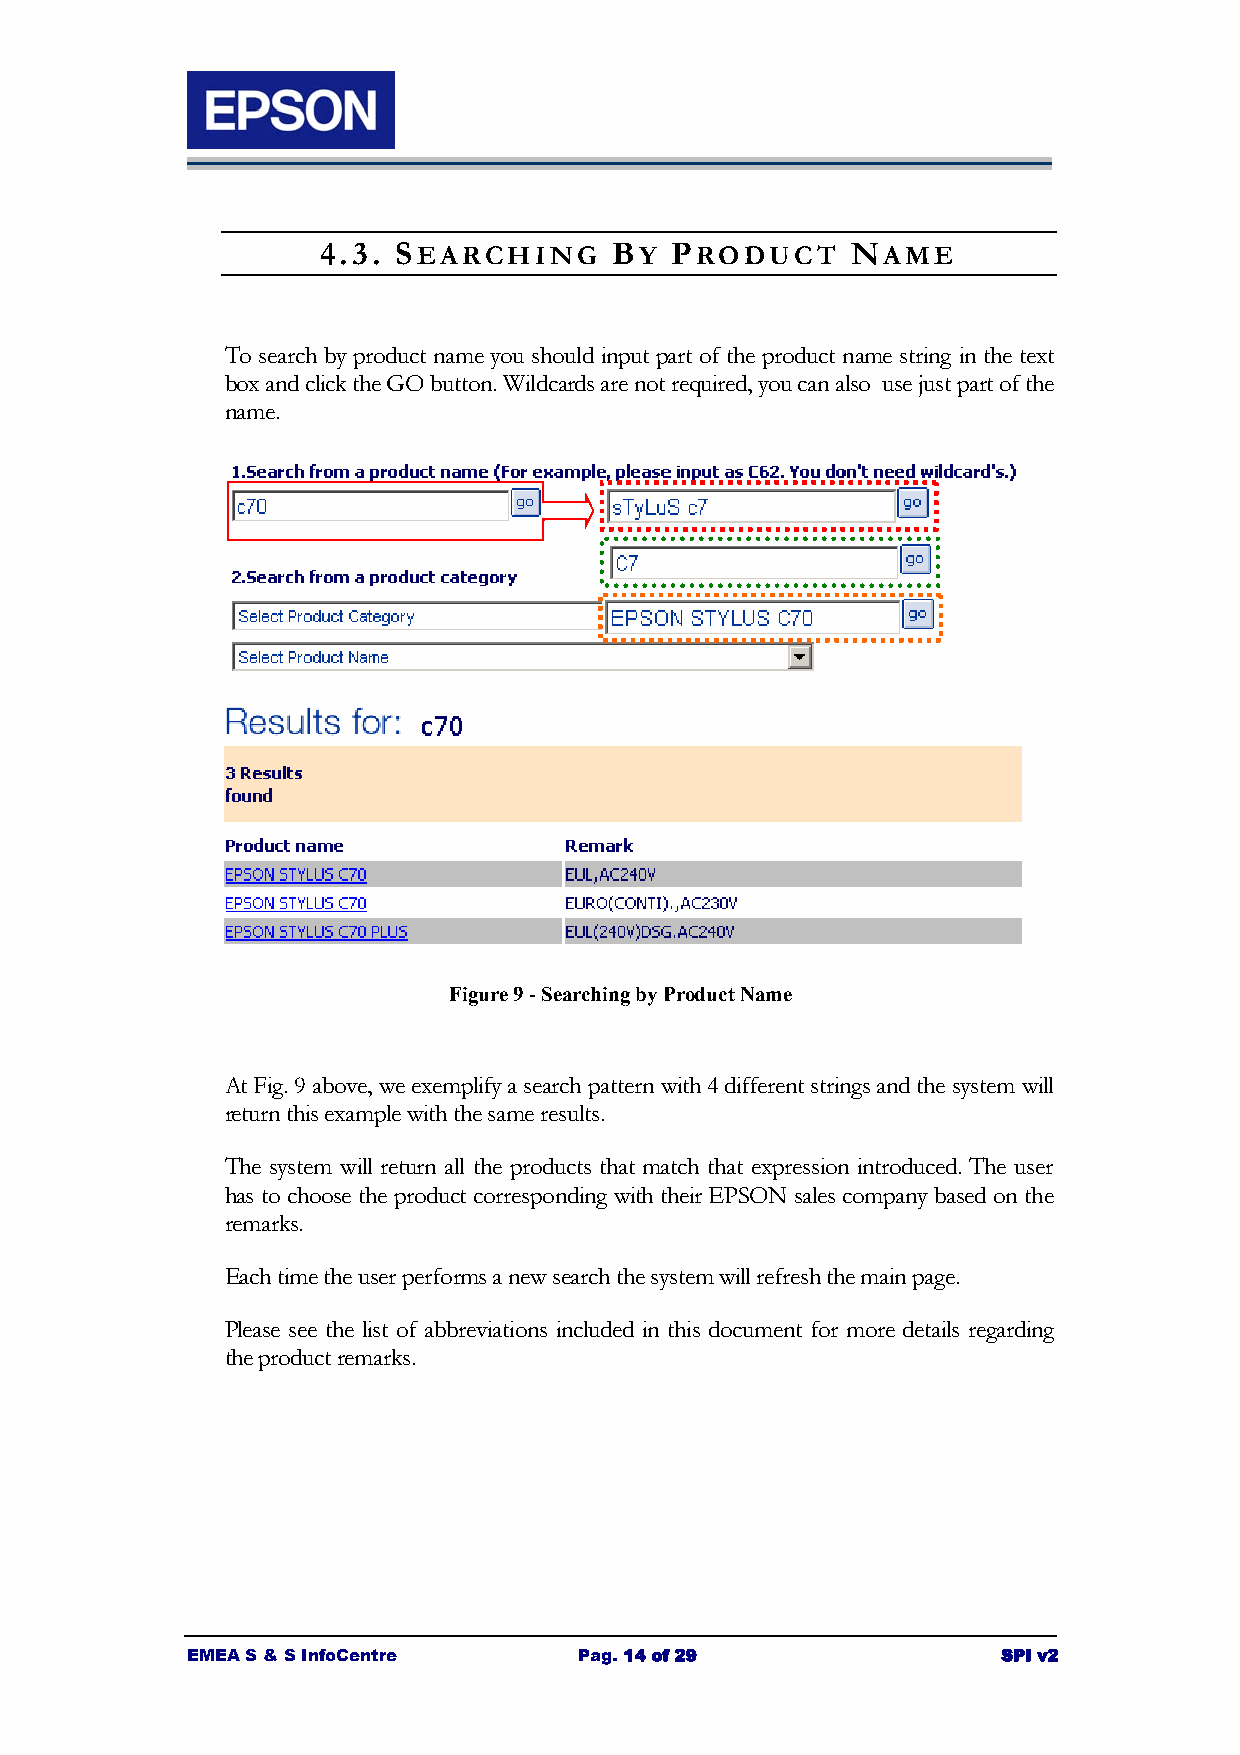
4.3. SEARCHING     BY  PRODUCT     NAME
 To search by product name you should input part of the product name string in the text
 box and click the GO button. Wildcards are not required, you can also use just part of the
 name.
 Figure 9 - Searching by Product Name
 At Fig. 9 above, we exemplify a search pattern with 4 different strings and the system will
 return this example with the same results.
 The system will return all the products that match that expression introduced. The user
 has to choose the product corresponding with their EPSON sales company based on the
 remarks.
 Each time the user performs a new search the system will refresh the main page.
 Please see the list of abbreviations included in this document for more details regarding
 the product remarks.
 EMEA S & S InfoCentre     Pag. 14 of 29               SPI v2